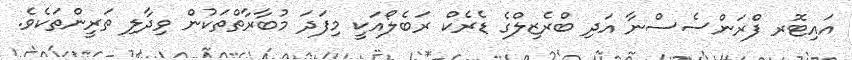
އައިޓޮރ ފްރަންސެސްނާ އަދި ބްރެޒިލްގެ ޑެރެކް ރަބެލޯއަކީ މިފަދަ މުބާރާތްތަކުން ވިދާލި ތަރީންތަކެވެ.